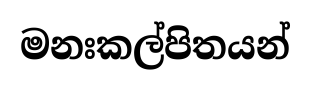
මනඃකල්පිතයන්